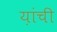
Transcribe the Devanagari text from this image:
य़ांची